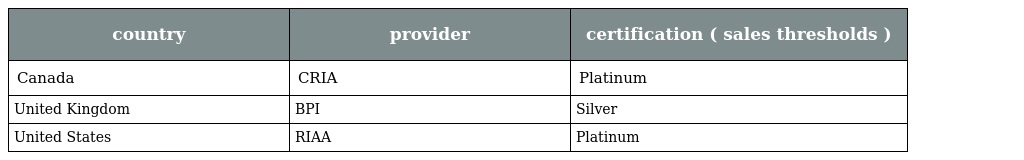
| country | provider | certification ( sales thresholds ) |
 | --- | --- | --- |
 | Canada | CRIA | Platinum |
 | United Kingdom | BPI | Silver |
 | United States | RIAA | Platinum |